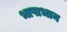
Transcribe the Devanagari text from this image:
भाषाभान